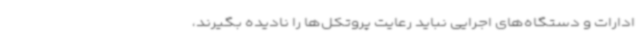
ادارات و دستگاه‌های اجرایی نباید رعایت پروتکل‌ها را نادیده بگیرند،